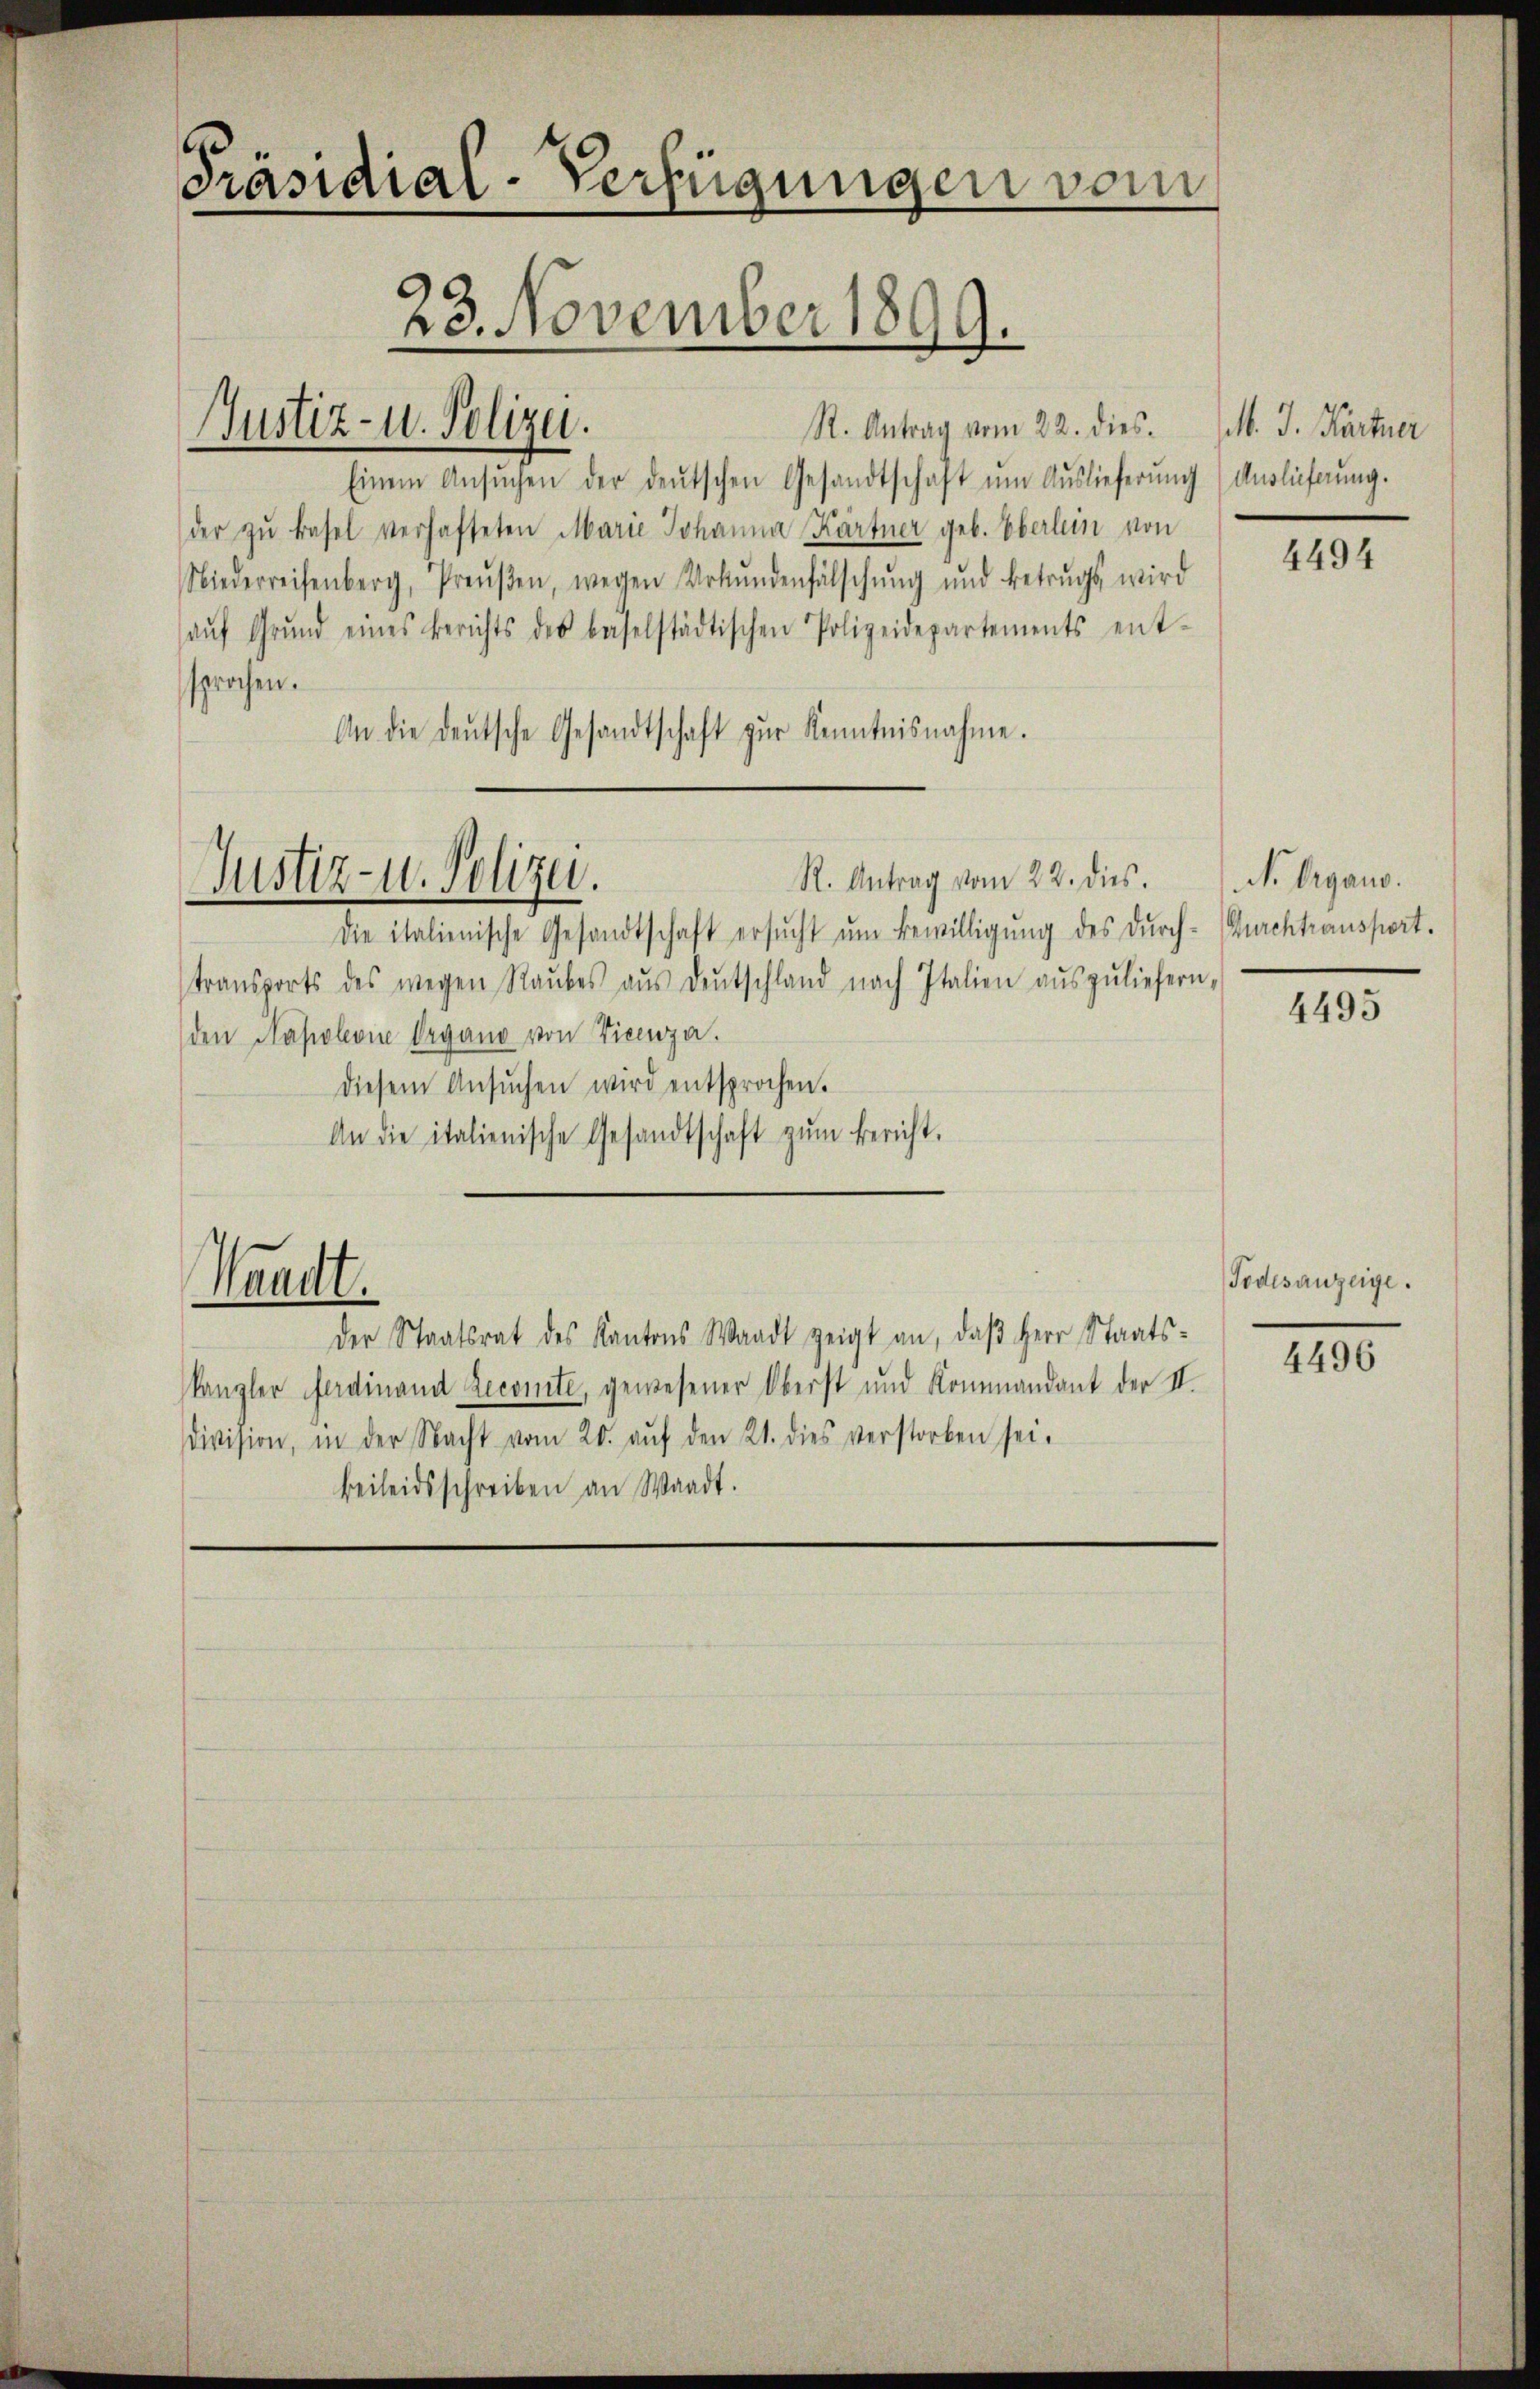
Präsidial-Verfügungen vom
23. November 1899.

R. Antrag vom 22. dies¬
Einem Ansŭchen der deŭtschen Gesandtschaft ŭm Aŭslieferŭng Auslieferŭng.
der zŭ basel verhafteten Marie Johanna Kärtner geb. Oberlein von
Niederreisenberg, Preŭβen, wegen Urkŭndenfälschŭng und Betrugs wird
aŭf Grŭnd eines Berichts des baselstädtischen Polizeidepartements ent-
sprochen.
An die deŭtsche Gesandtschaft zŭr Kenntnisnahme.

Justiz- u. Polizei.

Justiz- u. Polizei.

Waadt.

R. Antrag vom 22. dies.
die italienische Gesandtschaft ersucht um Bewilligung des durch- Durchtransport.
transports des wegen Raubes aŭs deutschland nach Italien aŭszŭliefern,
den Napoleon Organo von Vicenza.
diesem Ansŭchen wird entsprochen.
An die italienische Gesandtschaft zŭm Bericht.

Der Staatsrat des Kantons Waadt zeigt an, daβ Herr Staats-
kanzler Ferdinand Decomite, gewesener Oberst und Kommandant der II.
division, in der Nacht vom 20. aŭf den 21. dies verstorben sei.
beileidsschreiben an Waadt.

M. J. Hartner

4494

N. Organo.

4495

Todesanzeige.
4496